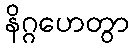
နိဂ္ဂဟေတွာ